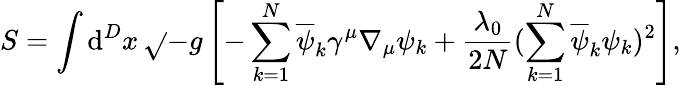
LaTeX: S=\int\mathrm{d}^{D}x\, \sqrt{}{{-g}}\left[-\sum_{k=1}^{N}\overline{{{{\psi}}}}_{k}\gamma^{\mu}\nabla_{\mu}\psi_{k}+\frac{{\lambda_{0}}}{{2N}}(\sum_{k=1}^{N}\overline{{{{\psi}}}}_{k}\psi_{k})^{2}\right],